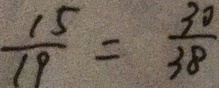
\frac { 1 5 } { 1 9 } = \frac { 3 0 } { 3 8 }